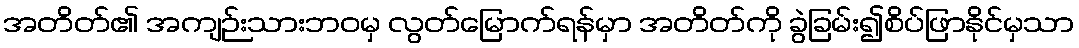
အတိတ်၏ အကျဉ်းသားဘဝမှ လွတ်မြောက်ရန်မှာ အတိတ်ကို ခွဲခြမ်း၍စိပ်ဖြာနိုင်မှသာ